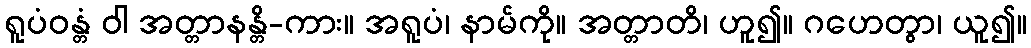
ရူပံဝန္တံ ဝါ အတ္တာနန္တိ-ကား။ အရူပံ၊ နာမ်ကို။ အတ္တာတိ၊ ဟူ၍။ ဂဟေတွာ၊ ယူ၍။